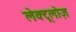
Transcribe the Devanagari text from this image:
लेक्टूलोज़